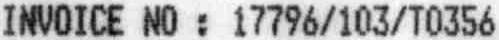
INVOICE NO : 17796/103/T0356